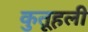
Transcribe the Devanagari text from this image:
कुतूहली